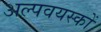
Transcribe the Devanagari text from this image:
अल्पवयस्कों